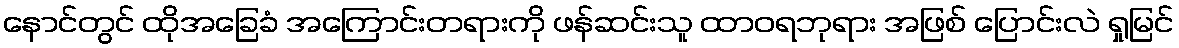
နောင်တွင် ထိုအခြေခံ အကြောင်းတရားကို ဖန်ဆင်းသူ ထာဝရဘုရား အဖြစ် ပြောင်းလဲ ရှုမြင်